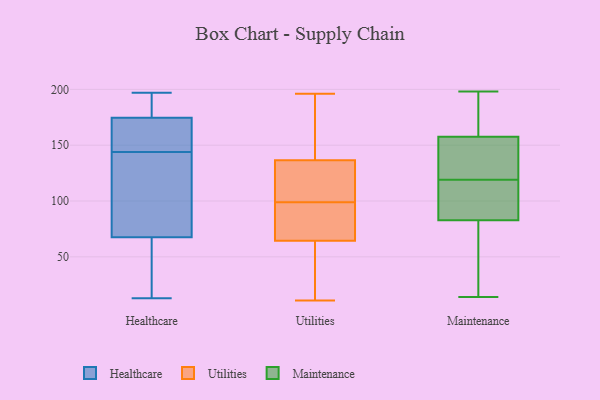
{"axis": {"x": "Shipments", "y": "Value"}, "legend": ["Healthcare", "Maintenance", "Utilities"], "data": [{"x": "", "y": 191, "type": "Healthcare"}, {"x": "", "y": 108, "type": "Healthcare"}, {"x": "", "y": 147, "type": "Healthcare"}, {"x": "", "y": 13, "type": "Healthcare"}, {"x": "", "y": 144, "type": "Healthcare"}, {"x": "", "y": 197, "type": "Healthcare"}, {"x": "", "y": 67, "type": "Healthcare"}, {"x": "", "y": 48, "type": "Healthcare"}, {"x": "", "y": 188, "type": "Healthcare"}, {"x": "", "y": 151, "type": "Healthcare"}, {"x": "", "y": 40, "type": "Healthcare"}, {"x": "", "y": 83, "type": "Healthcare"}, {"x": "", "y": 194, "type": "Healthcare"}, {"x": "", "y": 40, "type": "Healthcare"}, {"x": "", "y": 90, "type": "Healthcare"}, {"x": "", "y": 69, "type": "Healthcare"}, {"x": "", "y": 177, "type": "Healthcare"}, {"x": "", "y": 156, "type": "Healthcare"}, {"x": "", "y": 167, "type": "Healthcare"}, {"x": "", "y": 25, "type": "Utilities"}, {"x": "", "y": 65, "type": "Utilities"}, {"x": "", "y": 30, "type": "Utilities"}, {"x": "", "y": 134, "type": "Utilities"}, {"x": "", "y": 64, "type": "Utilities"}, {"x": "", "y": 88, "type": "Utilities"}, {"x": "", "y": 122, "type": "Utilities"}, {"x": "", "y": 185, "type": "Utilities"}, {"x": "", "y": 125, "type": "Utilities"}, {"x": "", "y": 83, "type": "Utilities"}, {"x": "", "y": 196, "type": "Utilities"}, {"x": "", "y": 110, "type": "Utilities"}, {"x": "", "y": 170, "type": "Utilities"}, {"x": "", "y": 11, "type": "Utilities"}, {"x": "", "y": 139, "type": "Utilities"}, {"x": "", "y": 69, "type": "Utilities"}, {"x": "", "y": 147, "type": "Maintenance"}, {"x": "", "y": 161, "type": "Maintenance"}, {"x": "", "y": 97, "type": "Maintenance"}, {"x": "", "y": 119, "type": "Maintenance"}, {"x": "", "y": 170, "type": "Maintenance"}, {"x": "", "y": 63, "type": "Maintenance"}, {"x": "", "y": 78, "type": "Maintenance"}, {"x": "", "y": 147, "type": "Maintenance"}, {"x": "", "y": 198, "type": "Maintenance"}, {"x": "", "y": 91, "type": "Maintenance"}, {"x": "", "y": 124, "type": "Maintenance"}, {"x": "", "y": 118, "type": "Maintenance"}, {"x": "", "y": 169, "type": "Maintenance"}, {"x": "", "y": 34, "type": "Maintenance"}, {"x": "", "y": 14, "type": "Maintenance"}, {"x": "", "y": 118, "type": "Maintenance"}, {"x": "", "y": 80, "type": "Maintenance"}, {"x": "", "y": 173, "type": "Maintenance"}, {"x": "", "y": 125, "type": "Maintenance"}]}